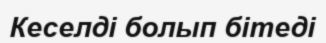
Кеселді болып бітеді